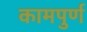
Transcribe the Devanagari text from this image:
कामपुर्ण